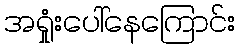
အရှုံးပေါ်နေကြောင်း